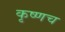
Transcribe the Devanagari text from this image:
कृष्णच